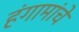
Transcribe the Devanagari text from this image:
हंगामांचे